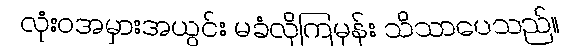
လုံးဝအမှားအယွင်း မခံလိုကြမှန်း သိသာပေသည်။